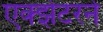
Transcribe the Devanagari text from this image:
एक्झेटरने